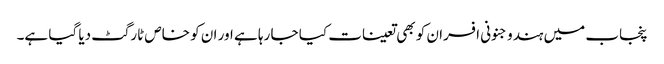
پنجاب میں ہندو جنونی افسران کو بھی تعینات کیا جا رہا ہے اور ان کو خاص ٹارگٹ دیا گیا ہے۔